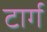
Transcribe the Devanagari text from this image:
टार्ग